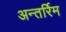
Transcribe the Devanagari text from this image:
अन्तर्रिम